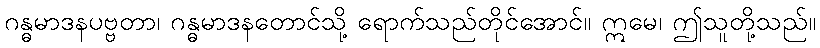
ဂန္ဓမာဒနပဗ္ဗတာ၊ ဂန္ဓမာဒနတောင်သို့ ရောက်သည်တိုင်အောင်။ ဣမေ၊ ဤသူတို့သည်။